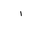
Letter: _alif